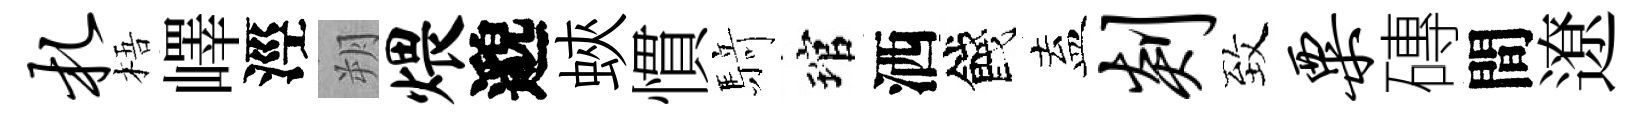
札梧嶧涇朔煨邈蛺慣𮪍琯洒餞盍剡致粟磚間遼